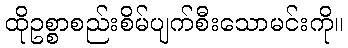
ထိုဥစ္စာစည်းစိမ်ပျက်စီးသောမင်းကို။